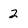
Character: 2